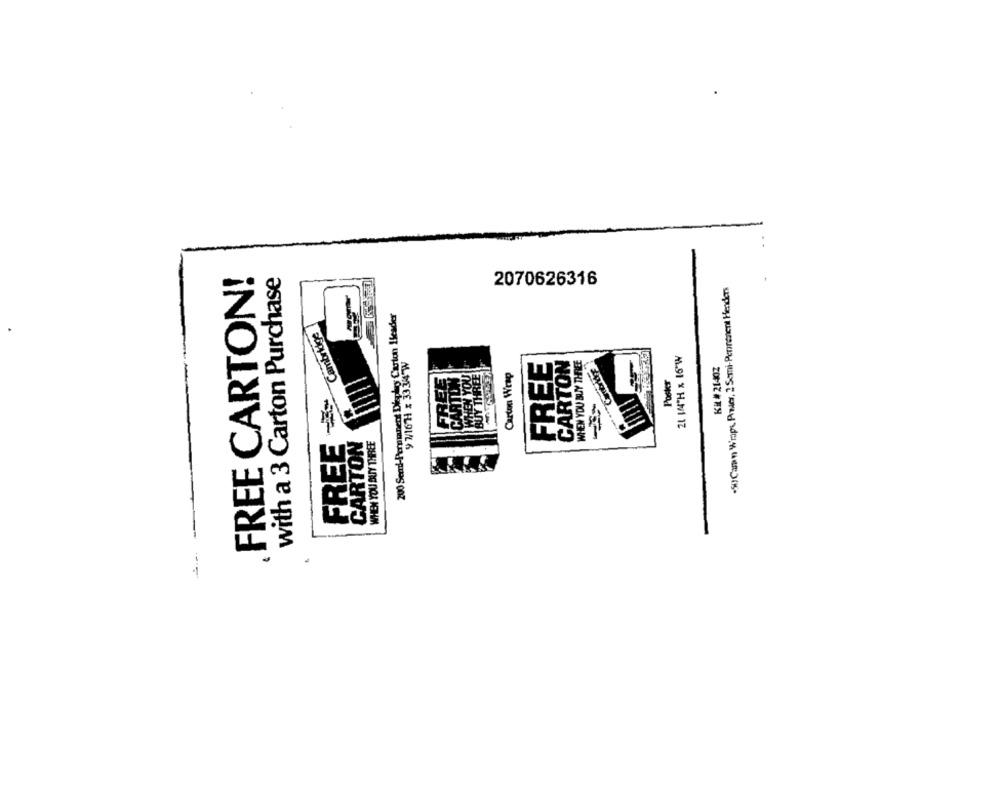
FREE CARTON!
with a 3 Carton Purchase
2070626316
.")Cann Wraps Pher, 2 Semi-Peprenent Henders
200 Send-Permanent Diplay Carton Header
Cambridge
21 144"H x 16"W
9 7/16 H x 3334 W
FREE
CARTON
WHEN YOU BUY THREE
Kit # 21402
REĘ
N YOU
HREE
Carton Wrap
Poskr
BUY
FREE
CARTON
WHEN YOU BUY THREE